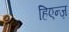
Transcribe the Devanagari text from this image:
हिएन्ज़